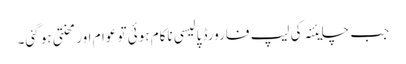
جب چایئنہ کی لیپ فارورڈ پالیسی ناکام ہوئی تو عوام اور محنتی ہو گئی۔